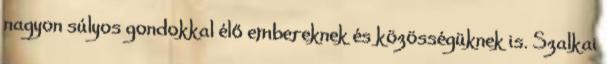
nagyon súlyos gondokkal élő embereknek és közösségüknek is. Szalkai